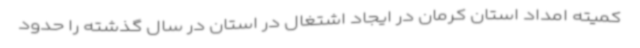
کمیته امداد استان کرمان در ایجاد اشتغال در استان در سال گذشته را حدود